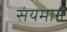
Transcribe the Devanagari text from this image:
संयमानें